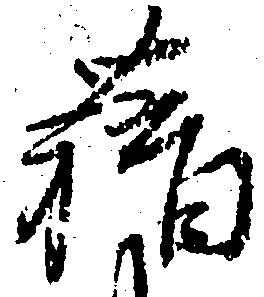
藉